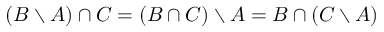
( B \setminus A ) \cap C = ( B \cap C ) \setminus A = B \cap ( C \setminus A )